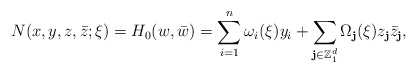
\begin{align*}N(x,y,z,\bar z;\xi)=H_{0}(w,\bar w)=\sum_{i=1}^n\omega_i(\xi)y_i+\sum_{\textbf{j}\in\mathbb{Z}^d_1}\Omega_\textbf{j}(\xi)z_\textbf{j}\bar z_\textbf{j},\end{align*}